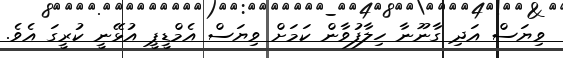
ވިޔަސް އަދި ގާނޫނާ ހިލާފުވާން ކަމަށް ވިޔަސް އެމްޑީޕީ އުޅޭނީ ކުރީގަ އެވެ.